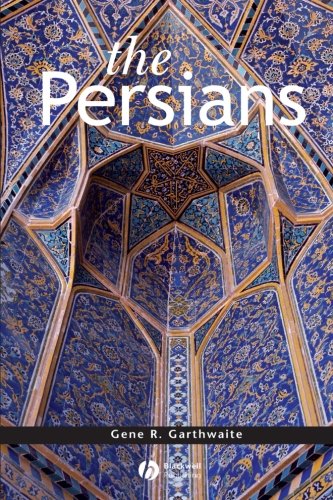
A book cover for The Persians; Gene R. Garthwaite; History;